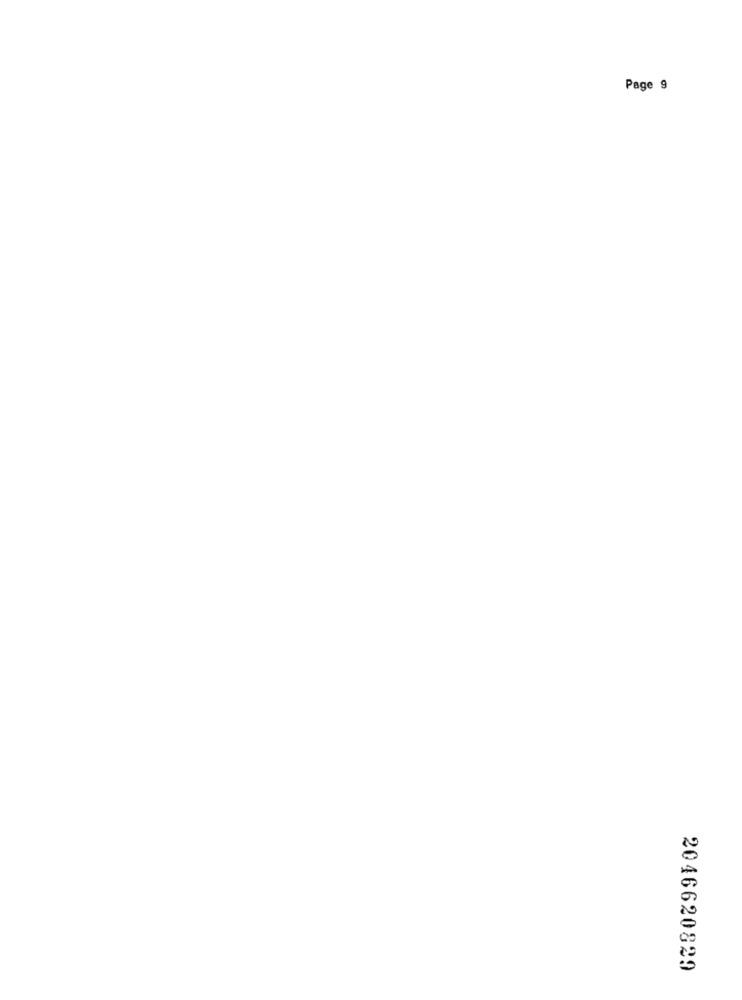
Page 9
2046620829